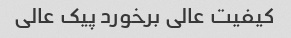
کیفیت عالی برخورد پیک عالی